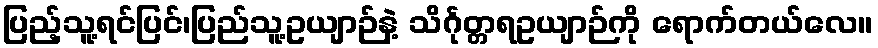
ပြည့်သူ့ရင်ပြင်၊ပြည်သူ့ဥယျာဉ်နဲ့ သိင်္ဂုတ္တရဥယျာဉ်ကို ရောက်တယ်လေ။